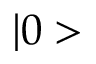
| 0 >